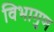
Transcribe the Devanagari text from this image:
विभागुण